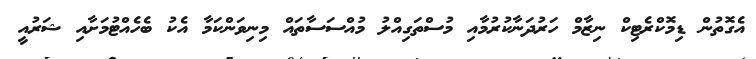
އެގޮތުން ޑިމޮކްރެޓިކް ނިޒާމް ހަރުދަނާކުރުމާއި މުސްތަގިއްލު މުއްސަސާތައް މިނިވަންކަމާ އެކު ބެހެއްޓުމަށާއި ޝަރުއީ